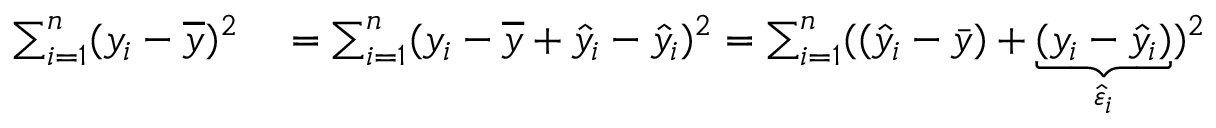
\begin{array} { r l } { \sum _ { i = 1 } ^ { n } ( y _ { i } - { \overline { { y } } } ) ^ { 2 } } & { { } = \sum _ { i = 1 } ^ { n } ( y _ { i } - { \overline { { y } } } + { \hat { y } } _ { i } - { \hat { y } } _ { i } ) ^ { 2 } = \sum _ { i = 1 } ^ { n } ( ( { \hat { y } } _ { i } - { \bar { y } } ) + \underbrace { ( y _ { i } - { \hat { y } } _ { i } ) } _ { { \hat { \varepsilon } } _ { i } } ) ^ { 2 } } \end{array}